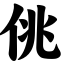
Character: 佻